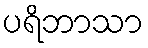
ပရိဘာသာ